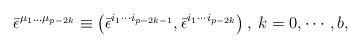
LaTeX: \begin{align*}\bar \epsilon ^{\mu _1\ldots \mu _{p-2k}}\equiv \left( \bar\epsilon ^{i_1\cdots i_{p-2k-1}},\bar \epsilon ^{i_1\cdots i_{p-2k}}\right),\;k=0,\cdots ,b,\end{align*}